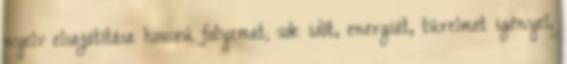
nyelv elsajátítása hosszú folyamat; sok időt, energiát, türelmet igényel.